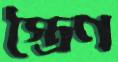
স্ত্রৈণ